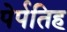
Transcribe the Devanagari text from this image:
पेर्पतिह